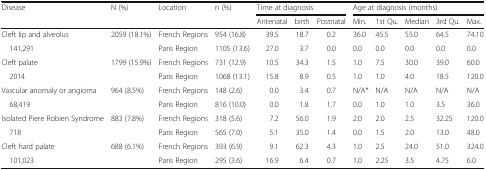
<table><thead><tr><td rowspan="2"><b>Disease</b></td><td rowspan="2"><b>N (%)</b></td><td rowspan="2"><b>Location</b></td><td rowspan="2"><b>n (%)</b></td><td colspan="3"><b>Time at diagnosis</b></td><td colspan="5"><b>Age at diagnosis (months)</b></td></tr><tr><td><b>Antenatal</b></td><td><b>birth</b></td><td><b>Postnatal</b></td><td><b>Min.</b></td><td><b>1st Qu.</b></td><td><b>Median</b></td><td><b>3rd Qu.</b></td><td><b>Max.</b></td></tr></thead><tbody><tr><td>Cleft lip and alveolus</td><td rowspan="2">2059 (18.1%)</td><td>French Regions</td><td>954 (16.8)</td><td>39.5</td><td>18.7</td><td>0.2</td><td>36.0</td><td>45.5</td><td>55.0</td><td>64.5</td><td>74.10</td></tr><tr><td> 141,291</td><td>Paris Region</td><td>1105 (13.6)</td><td>27.0</td><td>3.7</td><td>0.0</td><td>0.0</td><td>0.0</td><td>0.0</td><td>0.0</td><td>0.0</td></tr><tr><td>Cleft palate</td><td rowspan="2">1799 (15.9%)</td><td>French Regions</td><td>731 (12.9)</td><td>10.5</td><td>34.3</td><td>1.5</td><td>1.0</td><td>7.5</td><td>30.0</td><td>39.0</td><td>60.0</td></tr><tr><td> 2014</td><td>Paris Region</td><td>1068 (13.1)</td><td>15.8</td><td>8.9</td><td>0.5</td><td>1.0</td><td>1.0</td><td>4.0</td><td>18.5</td><td>120.0</td></tr><tr><td>Vascular anomaly or angioma</td><td rowspan="2">964 (8.5%)</td><td>French Regions</td><td>148 (2.6)</td><td>0.0</td><td>3.4</td><td>0.7</td><td>N/A*</td><td>N/A</td><td>N/A</td><td>N/A</td><td>N/A</td></tr><tr><td> 68,419</td><td>Paris Region</td><td>816 (10.0)</td><td>0.0</td><td>1.8</td><td>1.7</td><td>0.0</td><td>1.0</td><td>1.0</td><td>3.5</td><td>36.0</td></tr><tr><td>Isolated Piere Robien Syndrome</td><td rowspan="2">883 (7.8%)</td><td>French Regions</td><td>318 (5.6)</td><td>7.2</td><td>56.0</td><td>1.9</td><td>2.0</td><td>2.0</td><td>2.5</td><td>32.25</td><td>120.0</td></tr><tr><td> 718</td><td>Paris Region</td><td>565 (7.0)</td><td>5.1</td><td>35.0</td><td>1.4</td><td>0.0</td><td>1.5</td><td>2.0</td><td>13.0</td><td>48.0</td></tr><tr><td>Cleft hard palate</td><td rowspan="2">688 (6.1%)</td><td>French Regions</td><td>393 (6.9)</td><td>9.1</td><td>62.3</td><td>4.3</td><td>1.0</td><td>2.5</td><td>24.0</td><td>51.0</td><td>324.0</td></tr><tr><td> 101,023</td><td>Paris Region</td><td>295 (3.6)</td><td>16.9</td><td>6.4</td><td>0.7</td><td>1.0</td><td>2.25</td><td>3.5</td><td>4.75</td><td>6.0</td></tr></tbody></table>